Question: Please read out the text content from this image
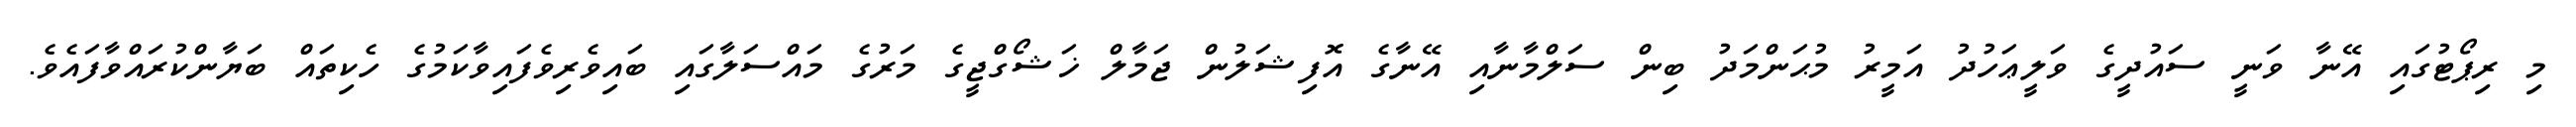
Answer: މި ރިޕޯޓުގައި އޭނާ ވަނީ ސައުދީގެ ވަލީޢަހުދު އަމީރު މުޙަންމަދު ބިން ސަލްމާނާއި އޭނާގެ އޮފިޝަލުން ޖަމާލް ޚަޝޯގްޖީގެ މަރުގެ މައްސަލާގައި ބައިވެރިވެފައިވާކަމުގެ ހެކިތައް ބަޔާންކުރައްވާފައެވެ.